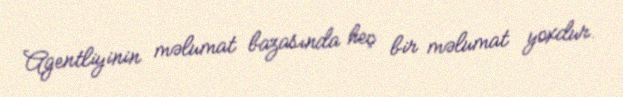
Agentliyinin məlumat bazasında heç bir məlumat yoxdur.